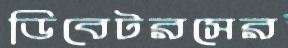
ডিবেটরসের